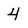
Character: 4